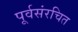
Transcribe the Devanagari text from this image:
पूर्वसंरचित